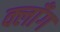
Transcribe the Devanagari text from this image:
क्लाँग